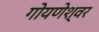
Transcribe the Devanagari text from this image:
गोयणेश्वर